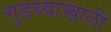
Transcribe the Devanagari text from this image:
गुडघ्याखालीं